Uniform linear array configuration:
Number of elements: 12
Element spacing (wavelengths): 0.25
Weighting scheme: exponential
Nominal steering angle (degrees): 0
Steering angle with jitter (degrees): -0.1715
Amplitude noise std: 0.05
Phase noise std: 0.05

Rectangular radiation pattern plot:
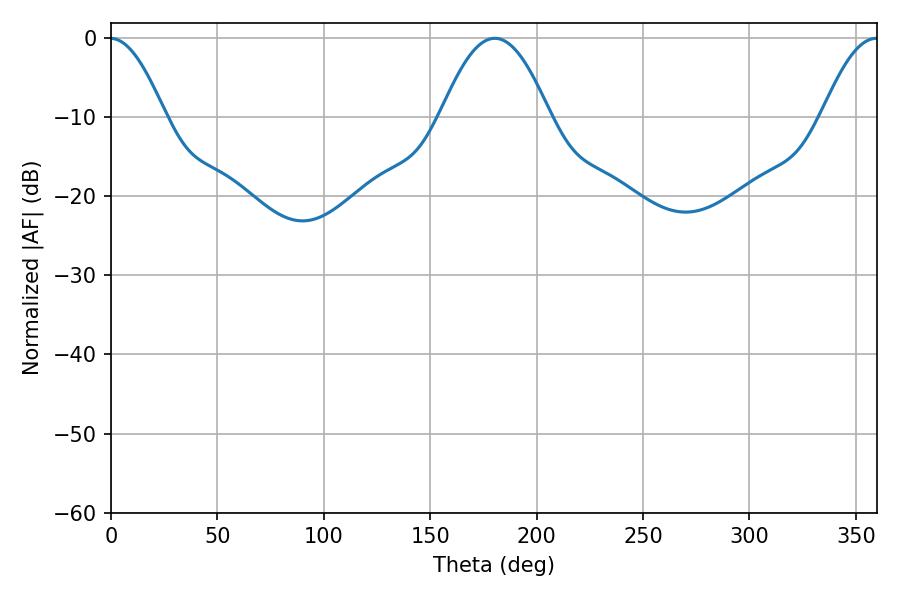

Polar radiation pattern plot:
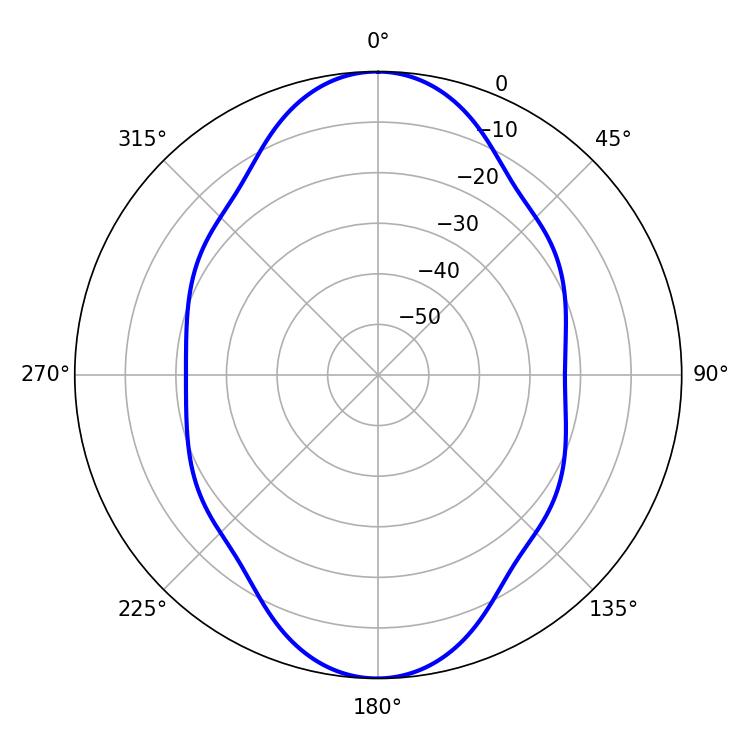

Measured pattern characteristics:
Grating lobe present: FALSE
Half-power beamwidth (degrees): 27.72
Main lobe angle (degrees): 180.36